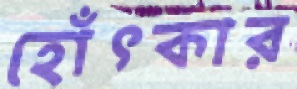
হোঁৎকার